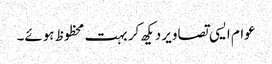
عوام ایسی تصاویر دیکھ کر بہت محظوظ ہوئے۔